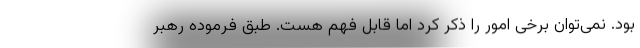
بود. نمی‌توان برخی امور را ذکر کرد اما قابل فهم هست. طبق فرموده رهبر